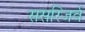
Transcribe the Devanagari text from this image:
ससरिजर्व